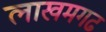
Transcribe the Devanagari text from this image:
लाखमगढ